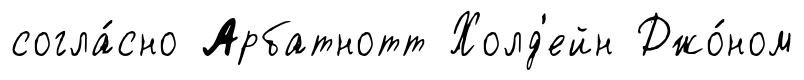
согла́сно Арбатнотт Холд'ейн Джо́ном